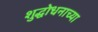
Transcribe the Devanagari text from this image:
शुद्धोधनाच्या